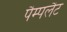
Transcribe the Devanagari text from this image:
पैम्पलैट